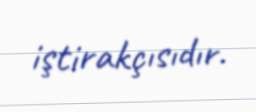
iştirakçısıdır.